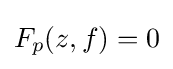
F_{p}(z,f)=0